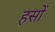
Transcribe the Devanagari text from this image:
हसों